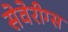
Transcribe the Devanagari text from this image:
सेवेरीग्स